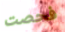
فحصت